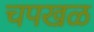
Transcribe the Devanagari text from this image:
चपखळ